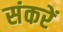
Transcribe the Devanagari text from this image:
संकरें